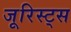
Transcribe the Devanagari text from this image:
जूरिस्ट्स